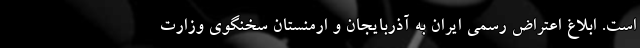
است. ابلاغ اعتراض رسمی ایران به آذربایجان و ارمنستان سخنگوی وزارت